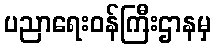
ပညာရေးဝန်ကြီးဌာနမှ